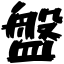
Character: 盤